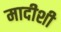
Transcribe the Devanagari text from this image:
मादीशी